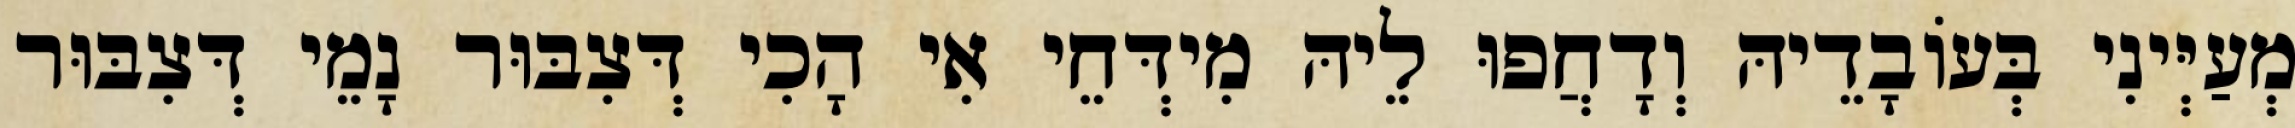
מְעַיְּינִי בְּעוֹבָדֵיהּ וְדָחֲפוּ לֵיהּ מִידְּחֵי אִי הָכִי דְּצִבּוּר נָמֵי דְּצִבּוּר